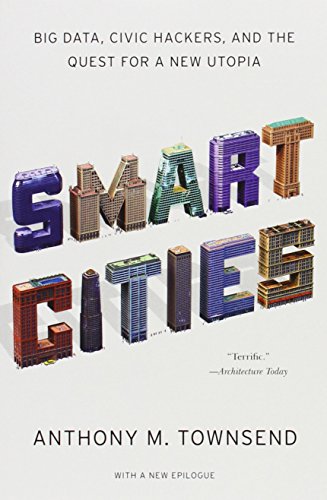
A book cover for Smart Cities: Big Data, Civic Hackers, and the Quest for a New Utopia; Anthony M. Townsend; Politics & Social Sciences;